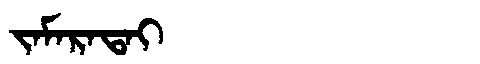
Manchu: ᠵᠠᠮᠠᡵᠠᡨᠠᡳ
Romanization: JAMARATAI